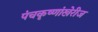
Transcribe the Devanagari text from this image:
पंचकृष्णांखेरीज